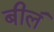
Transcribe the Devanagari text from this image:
बील॔